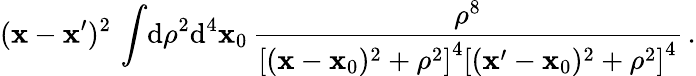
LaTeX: (\mathbf{x}-\mathbf{x}^{\prime})^{2}\, \int\! \mathrm{{d}}\rho^{2}\mathrm{{d}}^{4}\mathbf{x}_{0}\, \frac{{\rho^{8}}}{{\left[(\mathbf{x}-\mathbf{x}_{0})^{2}+\rho^{2}\right]^{4}\left[(\mathbf{x}^{\prime}-\mathbf{x}_{0})^{2}+\rho^{2}\right]^{4}}}\, .